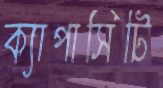
ক্যাপাসিটি